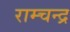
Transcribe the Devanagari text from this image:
राम्चन्द्र